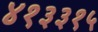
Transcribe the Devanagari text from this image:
४१३३१५